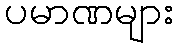
ပမာဏများ